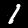
Digit: 1